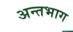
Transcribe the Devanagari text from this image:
अन्तभाग